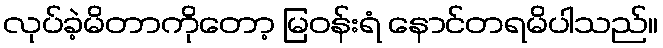
လုပ်ခဲ့မိတာကိုတော့ မြဝန်းရံ နောင်တရမိပါသည်။